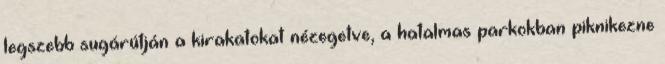
legszebb sugárútján a kirakatokat nézegetve, a hatalmas parkokban piknikezne